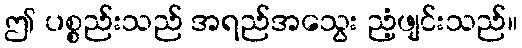
ဤ ပစ္စည်းသည် အရည်အသွေး ညံ့ဖျင်းသည်။